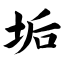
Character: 垢